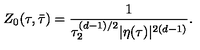
Z _ { 0 } ( \tau , \bar { \tau } ) = \frac { 1 } { \tau _ { 2 } ^ { ( d - 1 ) / 2 } | \eta ( \tau ) | ^ { 2 ( d - 1 ) } } .